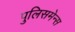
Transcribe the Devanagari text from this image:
पुलिसमेन्स